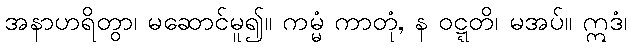
အနာဟရိတွာ၊ မဆောင်မူ၍။ ကမ္မံ ကာတုံ, န ဝဋ္ဋတိ၊ မအပ်။ ဣဒံ၊